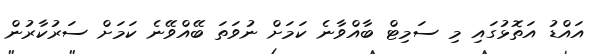
އައްޑު އަތޮޅުގައި މި ސަމިޓް ބާއްވާނެ ކަމަށް ނުވަތަ ބޭއްވޭނެ ކަމަށް ސަރުކާރުން